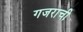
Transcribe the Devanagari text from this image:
गजराची